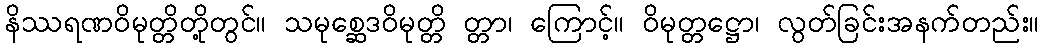
နိဿရဏဝိမုတ္တိတို့တွင်။ သမုစ္ဆေဒဝိမုတ္တိ တ္တာ၊ ကြောင့်။ ဝိမုတ္တဋ္ဌော၊ လွတ်ခြင်းအနက်တည်း။